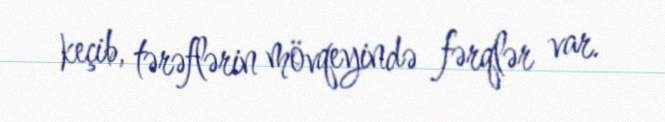
keçib, tərəflərin mövqeyində fərqlər var.